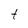
Character: t